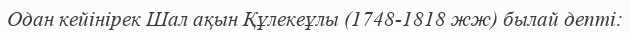
Одан кейінірек Шал ақын Құлекеұлы (1748-1818 жж) былай депті: